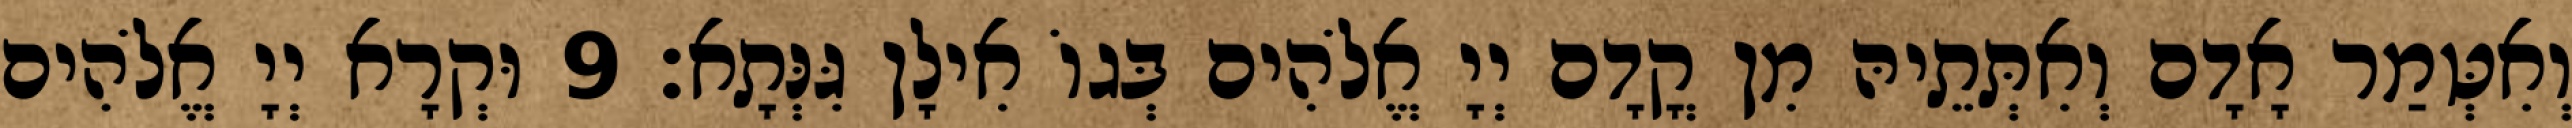
וְאִטְּמַר אָדָם וְאִתְּתֵיהּ מִן קֳדָם יְיָ אֱלֹהִים בְּגוֹ אִילָן גִּנְּתָא׃ 9 וּקְרָא יְיָ אֱלֹהִים